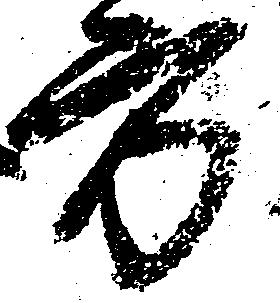
方